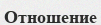
Отношение